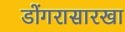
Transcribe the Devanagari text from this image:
डोंगरासारखा